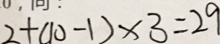
2 + ( 1 0 - 1 ) \times 3 = 2 9